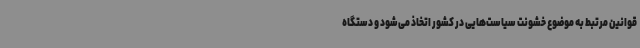
قوانین مرتبط به موضوع خشونت سیاست‌هایی در کشور اتخاذ می‌شود و دستگاه